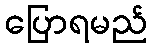
ပြောရမည်